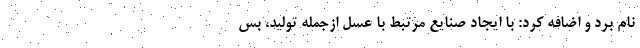
نام برد و اضافه کرد: با ایجاد صنایع مرتبط با عسل ازجمله تولید، بس